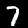
Digit: 7